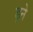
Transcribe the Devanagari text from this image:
ड़ने